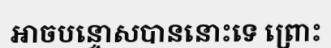
អាចបន្ទោសបាននោះទេ ព្រោះ